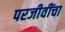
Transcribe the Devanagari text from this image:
परजीवींचा